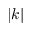
| k |